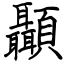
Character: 顳